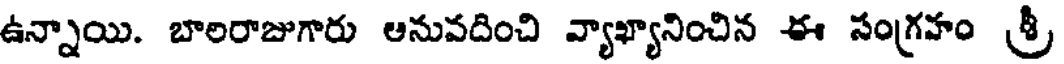
ఉన్నాయి. బాలరాజుగారు ఆనువదించి వ్యాఖ్యానించిన ఈ సంగ్రహం శ్రీ